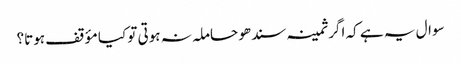
سوال یہ ہے کہ اگر ثمینہ سندھو حاملہ نہ ہوتی تو کیا مؤقف ہوتا؟